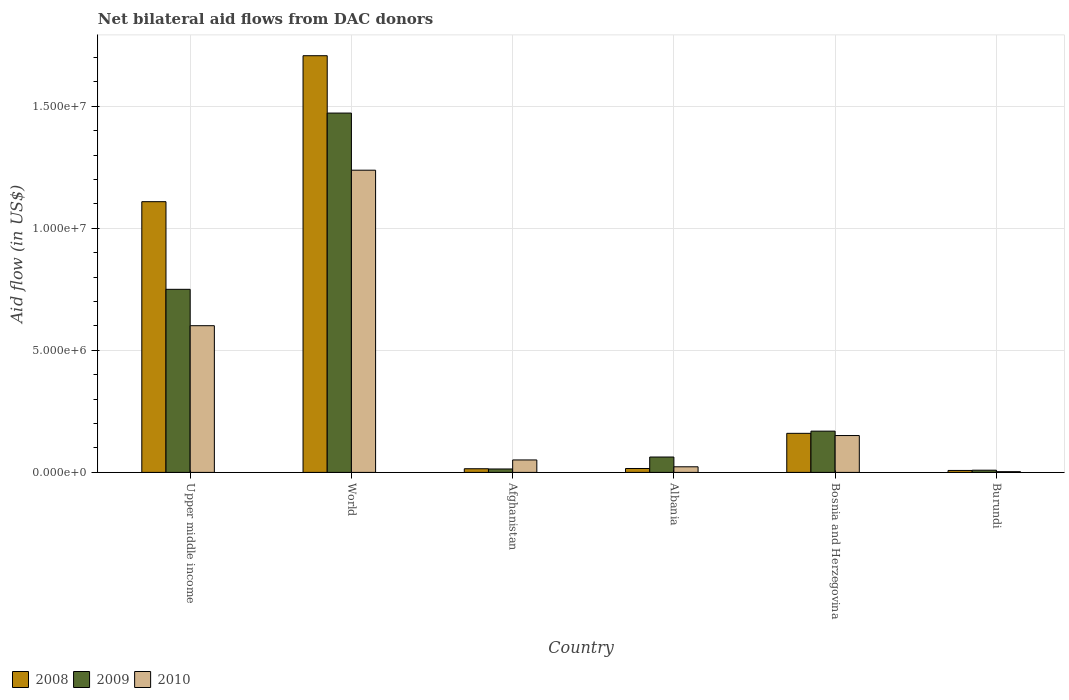
| Country | 2008 | 2009 | 2010 |
 | --- | --- | --- | --- |
 | Upper middle income | 1.11e+07 | 7.5e+06 | 6.01e+06 |
 | World | 1.71e+07 | 1.47e+07 | 1.24e+07 |
 | Afghanistan | 1.5e+05 | 1.4e+05 | 5.1e+05 |
 | Albania | 1.6e+05 | 6.3e+05 | 2.3e+05 |
 | Bosnia and Herzegovina | 1.6e+06 | 1.69e+06 | 1.51e+06 |
 | Burundi | 8e+04 | 9e+04 | 3e+04 |